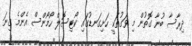
ދިރާސާ ބުނާ ގޮތުން މި ވަގުތަކީ ހަށިގަނޑުގައި ކޯޓިސޮލް ހޯމޯންސް އެންމެ ގިނަ